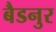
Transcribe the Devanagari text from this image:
बैडनुर